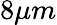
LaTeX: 8\mu m